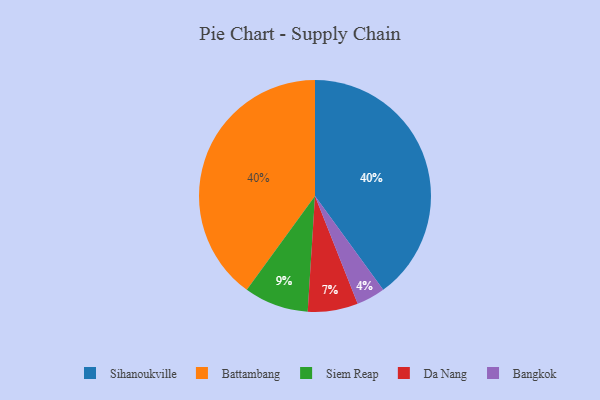
{"axis": {"x": "Category", "y": "Percentage"}, "legend": ["Bangkok", "Battambang", "Da Nang", "Siem Reap", "Sihanoukville"], "data": [{"x": "Sihanoukville", "y": 40, "type": "Sihanoukville"}, {"x": "Bangkok", "y": 4, "type": "Bangkok"}, {"x": "Siem Reap", "y": 9, "type": "Siem Reap"}, {"x": "Da Nang", "y": 7, "type": "Da Nang"}, {"x": "Battambang", "y": 40, "type": "Battambang"}]}